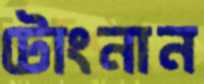
টোংনান